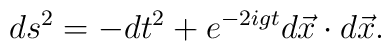
ds^{2}=-dt^{2}+e^{-2igt}d\vec x\cdot d\vec x.